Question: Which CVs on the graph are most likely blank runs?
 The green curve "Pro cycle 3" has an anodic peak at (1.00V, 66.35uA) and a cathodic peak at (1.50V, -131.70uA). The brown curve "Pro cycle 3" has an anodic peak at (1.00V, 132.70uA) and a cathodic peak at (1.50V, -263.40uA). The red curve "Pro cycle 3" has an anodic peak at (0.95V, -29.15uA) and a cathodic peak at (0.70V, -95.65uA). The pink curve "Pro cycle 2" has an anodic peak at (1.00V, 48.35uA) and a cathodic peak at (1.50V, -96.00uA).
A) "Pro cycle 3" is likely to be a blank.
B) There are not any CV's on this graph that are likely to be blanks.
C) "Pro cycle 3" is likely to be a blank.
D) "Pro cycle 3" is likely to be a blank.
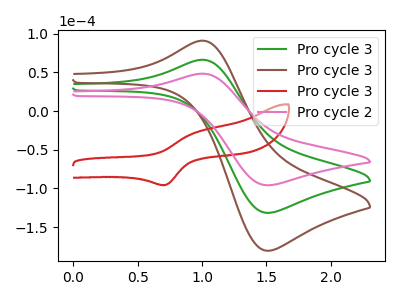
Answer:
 <answer>B) There are not any CV's on this graph that are likely to be blanks.</answer>
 <eval>B</eval>